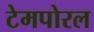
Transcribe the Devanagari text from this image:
टेमपोरल